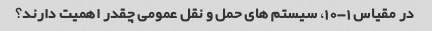
در مقیاس 1-10، سیستم های حمل و نقل عمومی چقدر اهمیت دارند؟